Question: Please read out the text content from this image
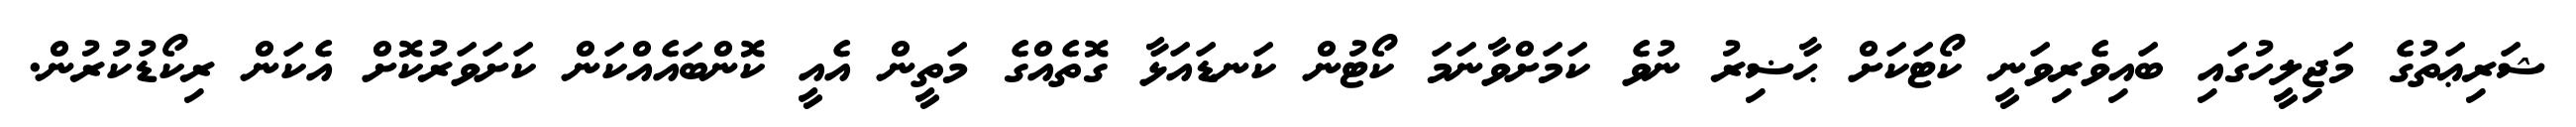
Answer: ޝަރިޢަތުގެ މަޖިލީހުގައި ބައިވެރިވަނީ ކޯޓަކަށް ޙާޟިރު ނުވެ ކަމަށްވާނަމަ ކޯޓުން ކަނޑައަޅާ ގޮތެއްގެ މަތީން އެއީ ކޮންބައެއްކަން ކަށަވަރުކޮށް އެކަން ރިކޯޑުކުރުން.